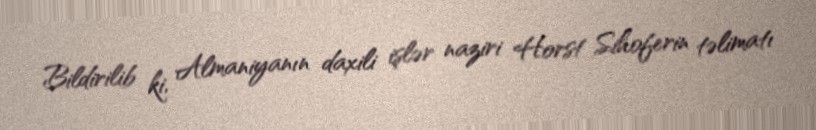
Bildirilib ki, Almaniyanın daxili işlər naziri Horst Sihoferin təlimatı